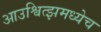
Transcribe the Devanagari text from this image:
आउश्वित्झमध्येच